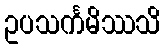
ဥပသင်္ကမိဿသိ